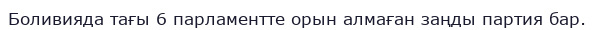
Боливияда тағы 6 парламентте орын алмаған заңды партия бар.